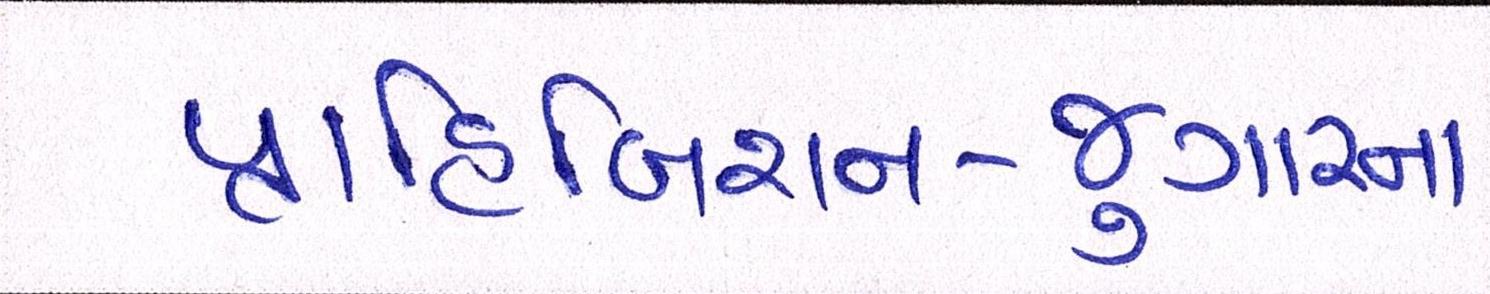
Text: પ્રાહિબિશન-જુગારના